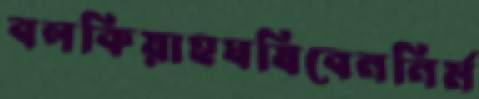
বলকিয়াহঘষিবেননির্ম